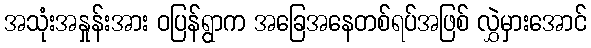
အသုံးအနှုန်းအား ဝပြန်ရွာက အခြေအနေတစ်ရပ်အဖြစ် လွှဲမှားအောင်